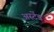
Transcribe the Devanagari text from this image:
अस्टेंड